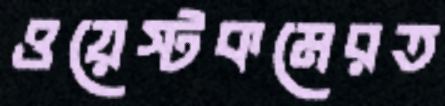
ওয়েস্টকমেরত